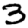
Digit: 3